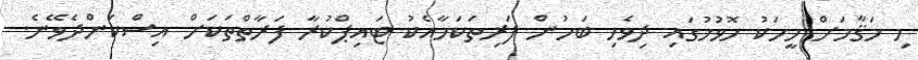
މި މަޤާމަށް މީހަކު ހޮވުމުގައި ދިވެހި ބަހުން ފަރިތަކަމާއެކު ޓައިޕްކުރާ ފަރާތްތަކަށް އިސްކަންދެވޭނެ.